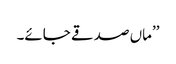
’’ماں صدقے جائے۔